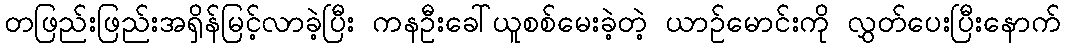
တဖြည်းဖြည်းအရှိန်မြင့်လာခဲ့ပြီး ကနဦးခေါ်ယူစစ်မေးခဲ့တဲ့ ယာဉ်မောင်းကို လွှတ်ပေးပြီးနောက်